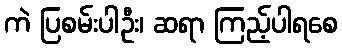
ကဲ ပြစမ်းပါဦး၊ ဆရာ ကြည့်ပါရစေ